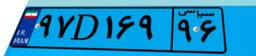
۵۴D۸۵۶۱۷